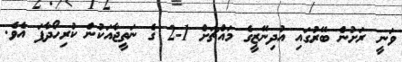
ވަނީ ރަށުން ބޭރުގައި އުދިނޭޒީގެ މައްޗަށް 1-2 ގެ ނަތީޖާއަކުން ކުރިހޯދާފަ އެވެ.